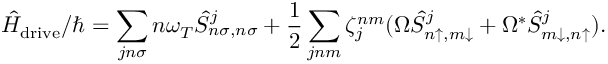
\hat { H } _ { \mathrm { d r i v e } } / \hbar = \sum _ { j n \sigma } n \omega _ { T } \hat { S } _ { n \sigma , n \sigma } ^ { j } + \frac { 1 } { 2 } \sum _ { j n m } \zeta _ { j } ^ { n m } ( \Omega \hat { S } _ { n \uparrow , m \downarrow } ^ { j } + \Omega ^ { * } \hat { S } _ { m \downarrow , n \uparrow } ^ { j } ) .